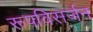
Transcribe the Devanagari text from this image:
रूपविसर्जन